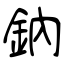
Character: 鈉